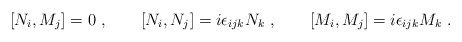
\begin{align*}[N_i, M_j] = 0 \ , \qquad[N_i, N_j] = i \epsilon_{ijk} N_k \ , \qquad[M_i, M_j] = i \epsilon_{ijk} M_k \ .\end{align*}